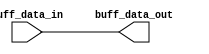
`timescale 1ps/1ps
module buffer (buff_data_out, buff_data_in);

parameter d_width = 8;

output [d_width-1:0]buff_data_out;
input  [d_width-1:0]buff_data_in;

assign buff_data_out = buff_data_in;

endmodule